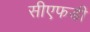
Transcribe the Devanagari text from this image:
सीएफडी